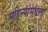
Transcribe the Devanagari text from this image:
महिन्यांमधला